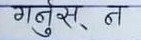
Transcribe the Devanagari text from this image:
गर्नुस् न